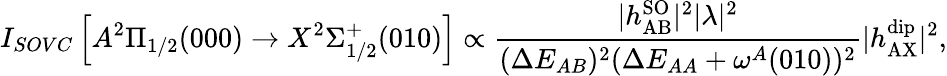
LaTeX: I_{SOVC}\left[A^{2}\Pi_{1/2}(000)\rightarrow X^{2}\Sigma_{1/2}^{+}(010)\right]\propto\frac{|h_{\mathrm{AB}}^{\mathrm{SO}}|^{2}|\lambda|^{2}}{(\Delta E_{AB})^{2}(\Delta E_{AA}+\omega^{A}(010))^{2}}|h_{\mathrm{AX}}^{\mathrm{dip}}|^{2},